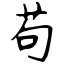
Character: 苟